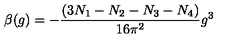
\beta ( g ) = - \frac { ( 3 N _ { 1 } - N _ { 2 } - N _ { 3 } - N _ { 4 } ) } { 1 6 \pi ^ { 2 } } g ^ { 3 }